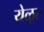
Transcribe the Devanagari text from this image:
येळूर